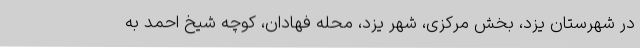
در شهرستان یزد، بخش مرکزی، شهر یزد، محله فهادان، کوچه شیخ احمد به